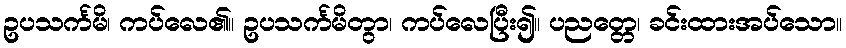
ဥပသင်္ကမိ၊ ကပ်လေ၏။ ဥပသင်္ကမိတွာ၊ ကပ်လေပြီး၍။ ပညတ္တေ၊ ခင်းထားအပ်သော။